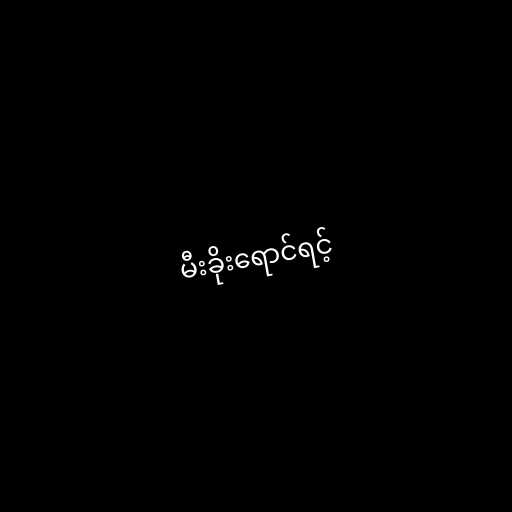
မီးခိုးရောင်ရင့်